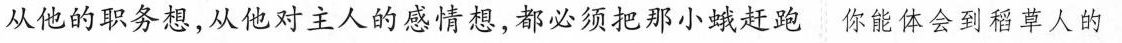
从他的职务想，从他对主人的感情想，都必须把那小蛾赶跑你能体会到稻草人的